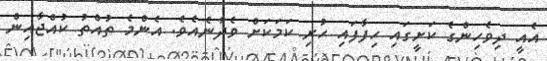
އެއީ ދިވެހިންގެ ކަށީގައި ހިފާފައި ހުރި ކަމަކަށް ވެދާނެއެވެ. އެންމެ ތުއްތު ކުއްޖާއިން